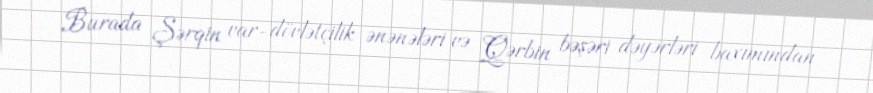
Burada Şərqin var-dövlətçilik ənənələri və Qərbin bəşəri dəyərləri baxımından